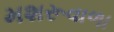
મશરૂવાળા